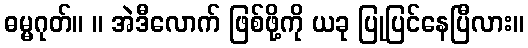
ဓမ္မဂုတ်။ ။ အဲဒီလောက် ဖြစ်ဖို့ကို ယခု ပြုပြင်နေပြီလား။